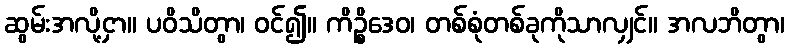
ဆွမ်းအလို့ငှာ။ ပဝိသိတွာ၊ ဝင်၍။ ကိဉ္စိဒေဝ၊ တစ်စုံတစ်ခုကိုသာလျှင်။ အလဘိတွာ၊